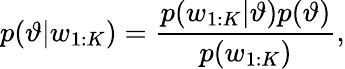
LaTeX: p(\vartheta|w_{1:K})=\frac{p(w_{1:K}|\vartheta)p(\vartheta)}{p(w_{1:K})},